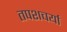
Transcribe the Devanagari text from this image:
तपशचर्या